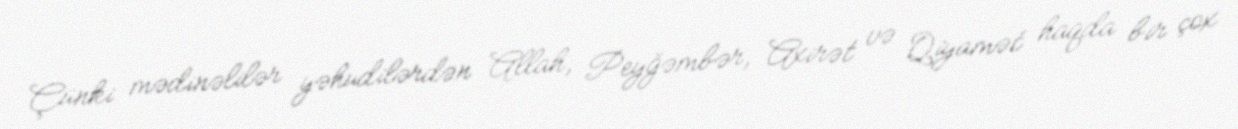
Çünki mədinəlilər yəhudilərdən Allah, Peyğəmbər, Axirət və Qiyamət haqda bir çox